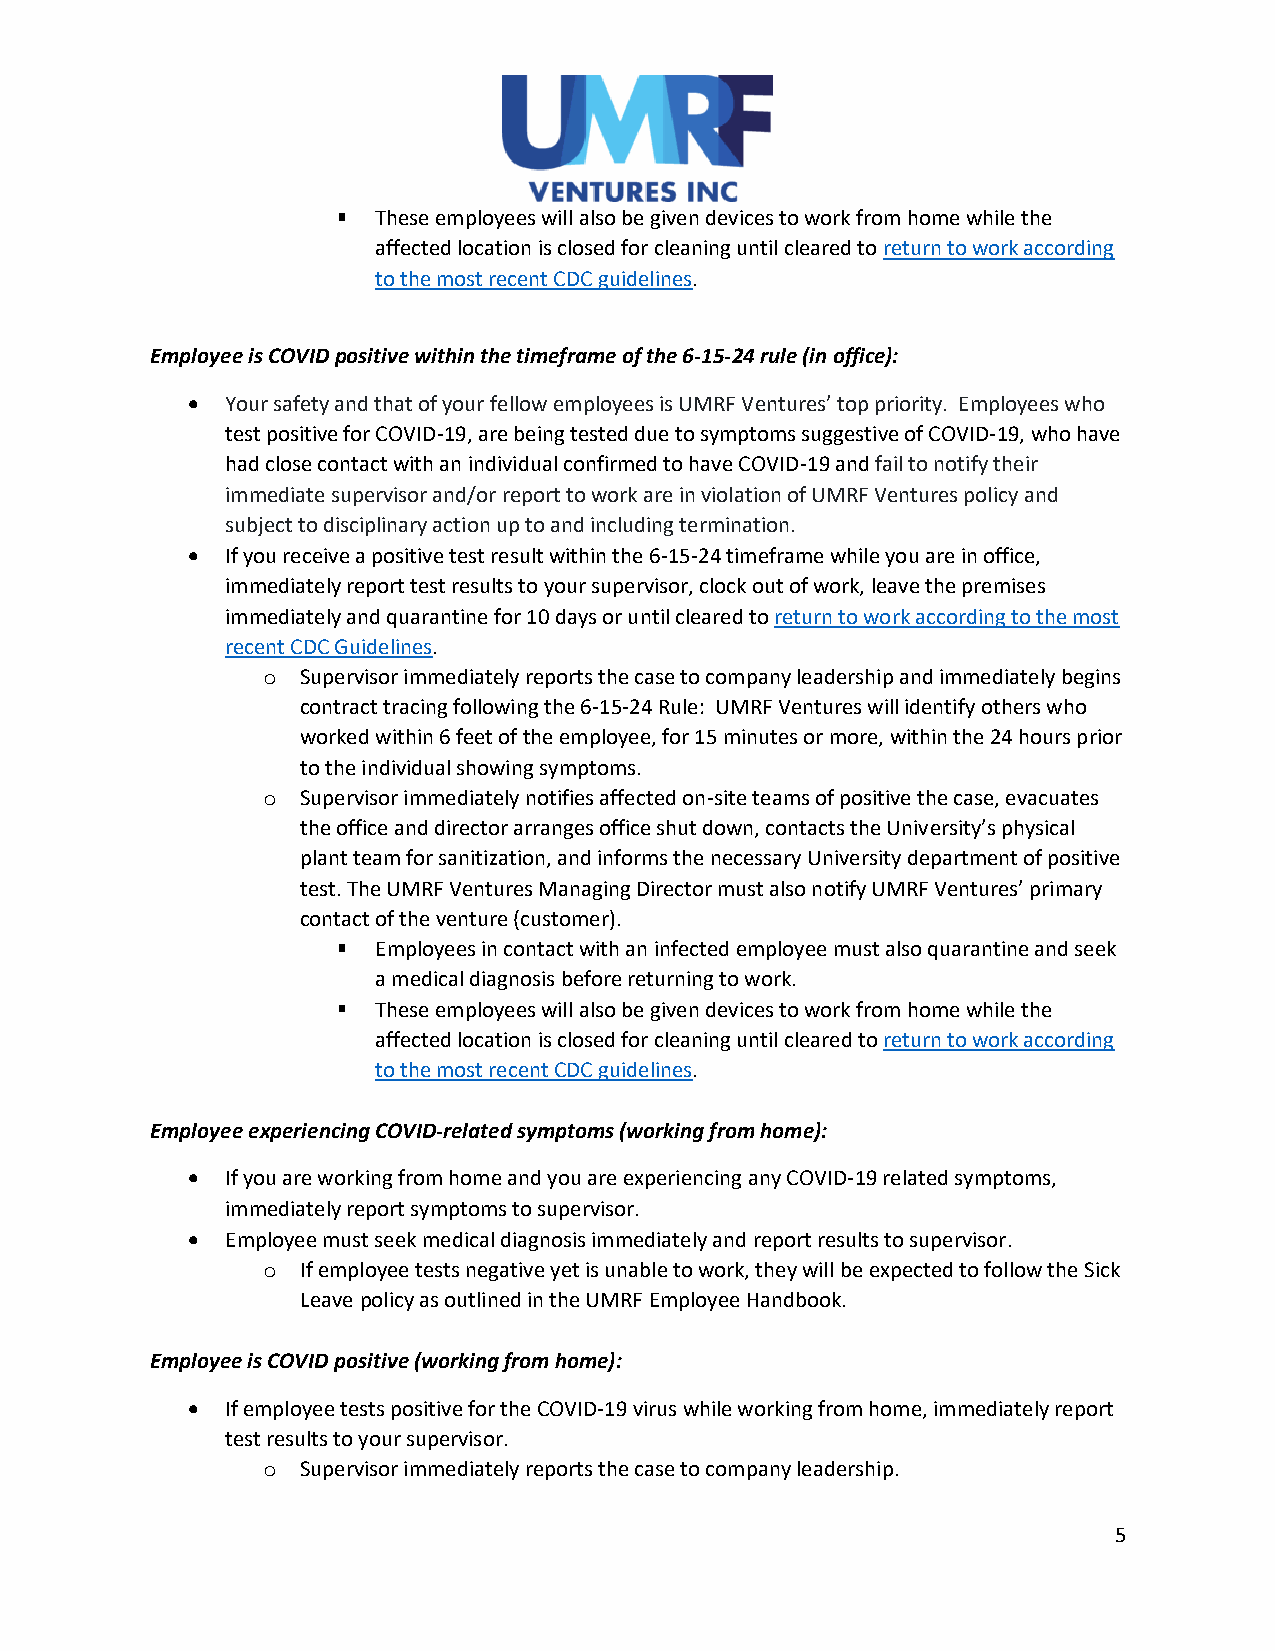
These employees will also be given devices to work from home while the
 affected location is closed for cleaning until cleared to return to work according
 to the most recent CDC guidelines.
 Employee is COVID positive within the timeframe of the 6-15-24 rule (in office):
 •  Your safety and that of your fellow employees is UMRF Ventures’ top priority. Employees who
 test positive for COVID-19, are being tested due to symptoms suggestive of COVID-19, who have
 had close contact with an individual confirmed to have COVID-19 and fail to notify their
 immediate supervisor and/or report to work are in violation of UMRF Ventures policy and
 subject to disciplinary action up to and including termination.
 •  If you receive a positive test result within the 6-15-24 timeframe while you are in office,
 immediately report test results to your supervisor, clock out of work, leave the premises
 immediately and quarantine for 10 days or until cleared to return to work according to the most
 recent CDC Guidelines.
 o  Supervisor immediately reports the case to company leadership and immediately begins
 contract tracing following the 6-15-24 Rule: UMRF Ventures will identify others who
 worked within 6 feet of the employee, for 15 minutes or more, within the 24 hours prior
 to the individual showing symptoms.
 o  Supervisor immediately notifies affected on-site teams of positive the case, evacuates
 the office and director arranges office shut down, contacts the University’s physical
 plant team for sanitization, and informs the necessary University department of positive
 test. The UMRF Ventures Managing Director must also notify UMRF Ventures’ primary
 contact of the venture (customer).
 Employees in contact with an infected employee must also quarantine and seek
 a medical diagnosis before returning to work.
 These employees will also be given devices to work from home while the
 affected location is closed for cleaning until cleared to return to work according
 to the most recent CDC guidelines.
 Employee experiencing COVID-related symptoms (working from home):
 •  If you are working from home and you are experiencing any COVID-19 related symptoms,
 immediately report symptoms to supervisor.
 •  Employee must seek medical diagnosis immediately and report results to supervisor.
 o  If employee tests negative yet is unable to work, they will be expected to follow the Sick
 Leave policy as outlined in the UMRF Employee Handbook.
 Employee is COVID positive (working from home):
 •  If employee tests positive for the COVID-19 virus while working from home, immediately report
 test results to your supervisor.
 o  Supervisor immediately reports the case to company leadership.
 5